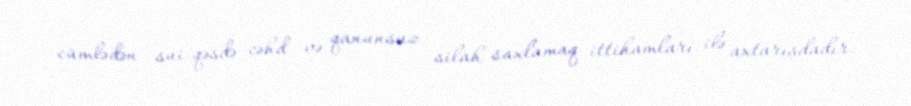
cümlədən sui-qəsdə cəhd və qanunsuz silah saxlamaq ittihamları ilə axtarışdadır.